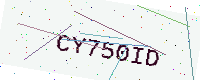
Text: CY750ID